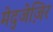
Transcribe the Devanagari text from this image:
मेद्जेज़िर